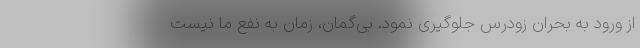
از ورود به بحران زودرس جلوگیری نمود. بی‌گمان، زمان به نفع ما نیست